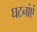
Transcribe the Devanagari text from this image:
घटनांएं